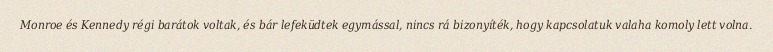
Monroe és Kennedy régi barátok voltak, és bár lefeküdtek egymással, nincs rá bizonyíték, hogy kapcsolatuk valaha komoly lett volna.